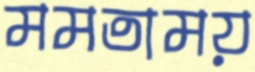
মমতাময়